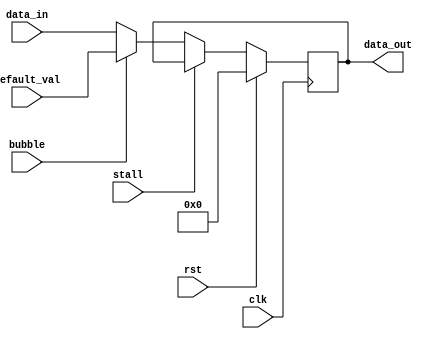
module PipeDff #( parameter WIDTH = 32) (
    input clk, bubble, stall,
    input rst,
    input [WIDTH-1:0] default_val, data_in,
    output [WIDTH-1:0] data_out
);

    reg [WIDTH-1:0] data_reg;
    wire [WIDTH-1:0] data_out_wire;

    always @(posedge clk) 
    begin  
        if(rst) begin
            data_reg <= 'b0;
        end 
        else if(stall)
        begin
            data_reg <= data_out_wire;
        end
        else if(bubble)
        begin
            data_reg <= default_val;
        end 
        else
        begin
            data_reg <= data_in;
        end
    end

    assign data_out_wire = data_reg;
    assign data_out = data_out_wire;
    
endmodule